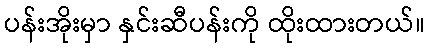
ပန်းအိုးမှာ နှင်းဆီပန်းကို ထိုးထားတယ်။